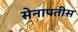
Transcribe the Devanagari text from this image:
सेनापतीस